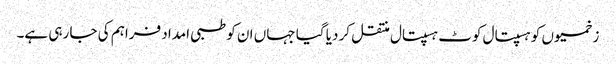
زخمیوں کو ہسپتال کوٹ ہسپتال منتقل کر دیا گیا جہاں ان کو طبی امداد فراہم کی جا رہی ہے۔